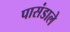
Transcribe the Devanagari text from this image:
पासंडाले